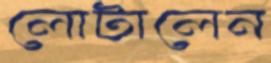
লোটালেন